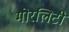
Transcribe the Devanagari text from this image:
मोरलिटी